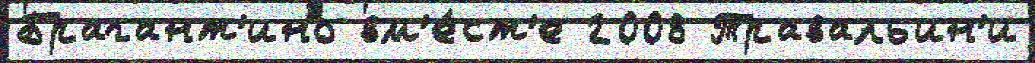
Брагант'ино вм'е́ст'е 2008 Травальин'и